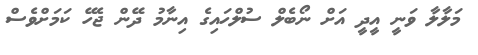
މަލާލާ ވަނީ އީދީ އަށް ނޯބެލް ސުލްހައިގެ އިނާމު ދޭން ޖެހޭ ކަމަށްވެސް